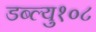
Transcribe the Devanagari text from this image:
डब्ल्यु१०८